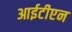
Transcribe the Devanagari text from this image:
आईटीएन